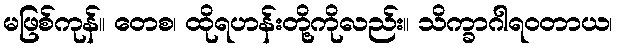
မဖြစ်ကုန်။ တေစ၊ ထိုရဟန်းတို့ကိုလည်း။ သိက္ခာဂါရဝတာယ၊